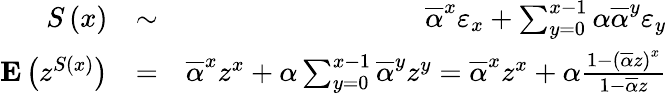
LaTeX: \begin{array}{rlr}{S\left(x\right)}&{\sim}&{\overline{{\alpha}}^{x}\varepsilon_{x}+\sum_{y=0}^{x-1}\alpha\overline{{\alpha}}^{y}\varepsilon_{y}}\\ {{\mathbf E}\left(z^{S\left(x\right)}\right)}&{=}&{\overline{{\alpha}}^{x}z^{x}+\alpha\sum_{y=0}^{x-1}\overline{{\alpha}}^{y}z^{y}=\overline{{\alpha}}^{x}z^{x}+\alpha\frac{1-\left(\overline{{\alpha}}z\right)^{x}}{1-\overline{{\alpha}}z}}\end{array}